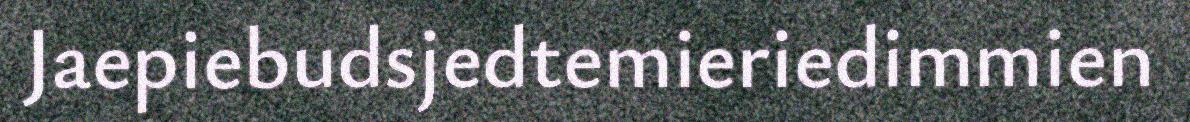
Jaepiebudsjedtemieriedimmien